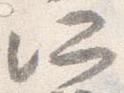
所